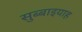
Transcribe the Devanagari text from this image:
सुब्बाइयाह